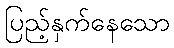
ပြည့်နှက်နေသော